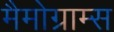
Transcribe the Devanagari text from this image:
मैमोग्राम्स